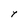
Character: Y